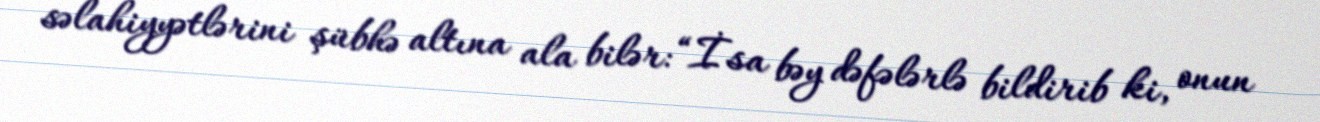
səlahiyyətlərini şübhə altına ala bilər: “İsa bəy dəfələrlə bildirib ki, onun